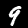
Digit: 9